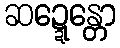
ဆဍ္ဍေန္တော